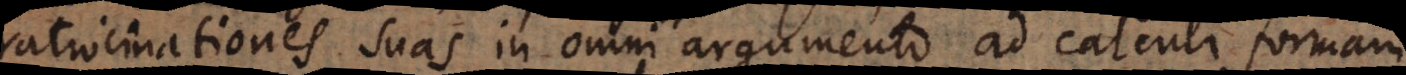
ratiocinationes suas in omni argumento ad calculi modum